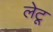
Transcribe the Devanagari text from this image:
लेटू